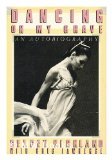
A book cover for Dancing on My Grave: An Autobiography; Gelsey Kirkland; Humor & Entertainment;